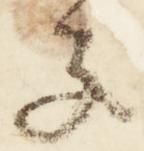
子